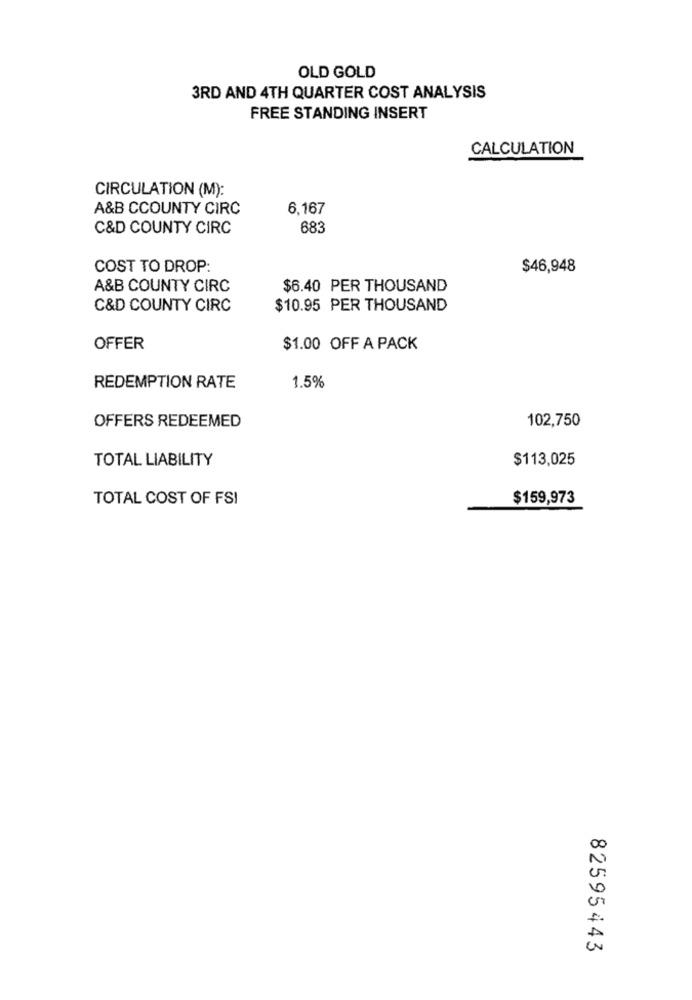
OLD GOLD
3RD AND 4TH QUARTER COST ANALYSIS
FREE STANDING INSERT
CALCULATION
CIRCULATION (M):
A&B CCOUNTY CIRC
6,167
C&D COUNTY CIRC
683
COST TO DROP:
$46,948
A&B COUNTY CIRC
$6.40 PER THOUSAND
C&D COUNTY CIRC
$10.95 PER THOUSAND
OFFER
$1.00 OFF A PACK
REDEMPTION RATE
1.5%
OFFERS REDEEMED
102,750
TOTAL LIABILITY
$113,025
TOTAL COST OF FSI
$159,973
82595443